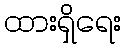
ထားရှိရေး